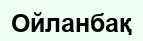
Ойланбақ